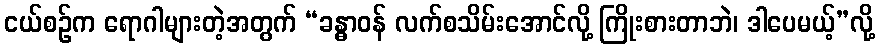
ငယ်စဉ်က ရောဂါများတဲ့အတွက် “ခန္ဓာဝန် လက်စသိမ်းအောင်လို့ ကြိုးစားတာဘဲ၊ ဒါပေမယ့်”လို့